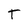
Character: T